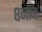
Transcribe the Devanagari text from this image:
८नाम